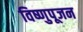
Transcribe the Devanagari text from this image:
विष्णुपूजन